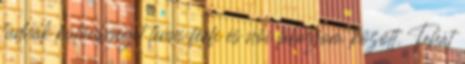
tudnak különbséget tenni férfi és női lábnyom között. Tehát